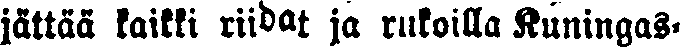
jättää kaikki riidat ja rukoilla Kuningas-